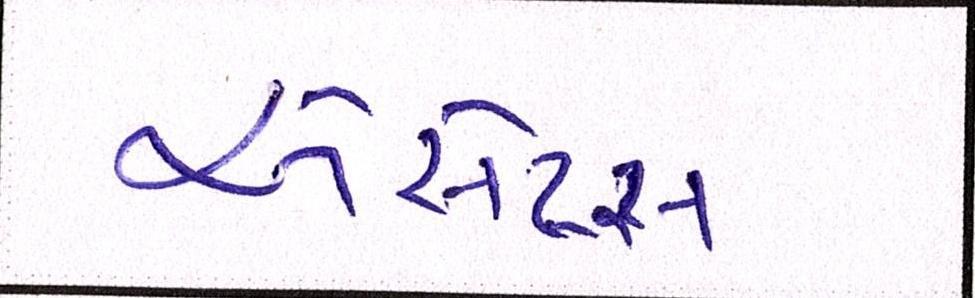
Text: એસેટ્સ